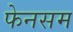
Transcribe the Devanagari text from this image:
फेनसम